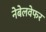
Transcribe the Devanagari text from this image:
नेबेलवेफर